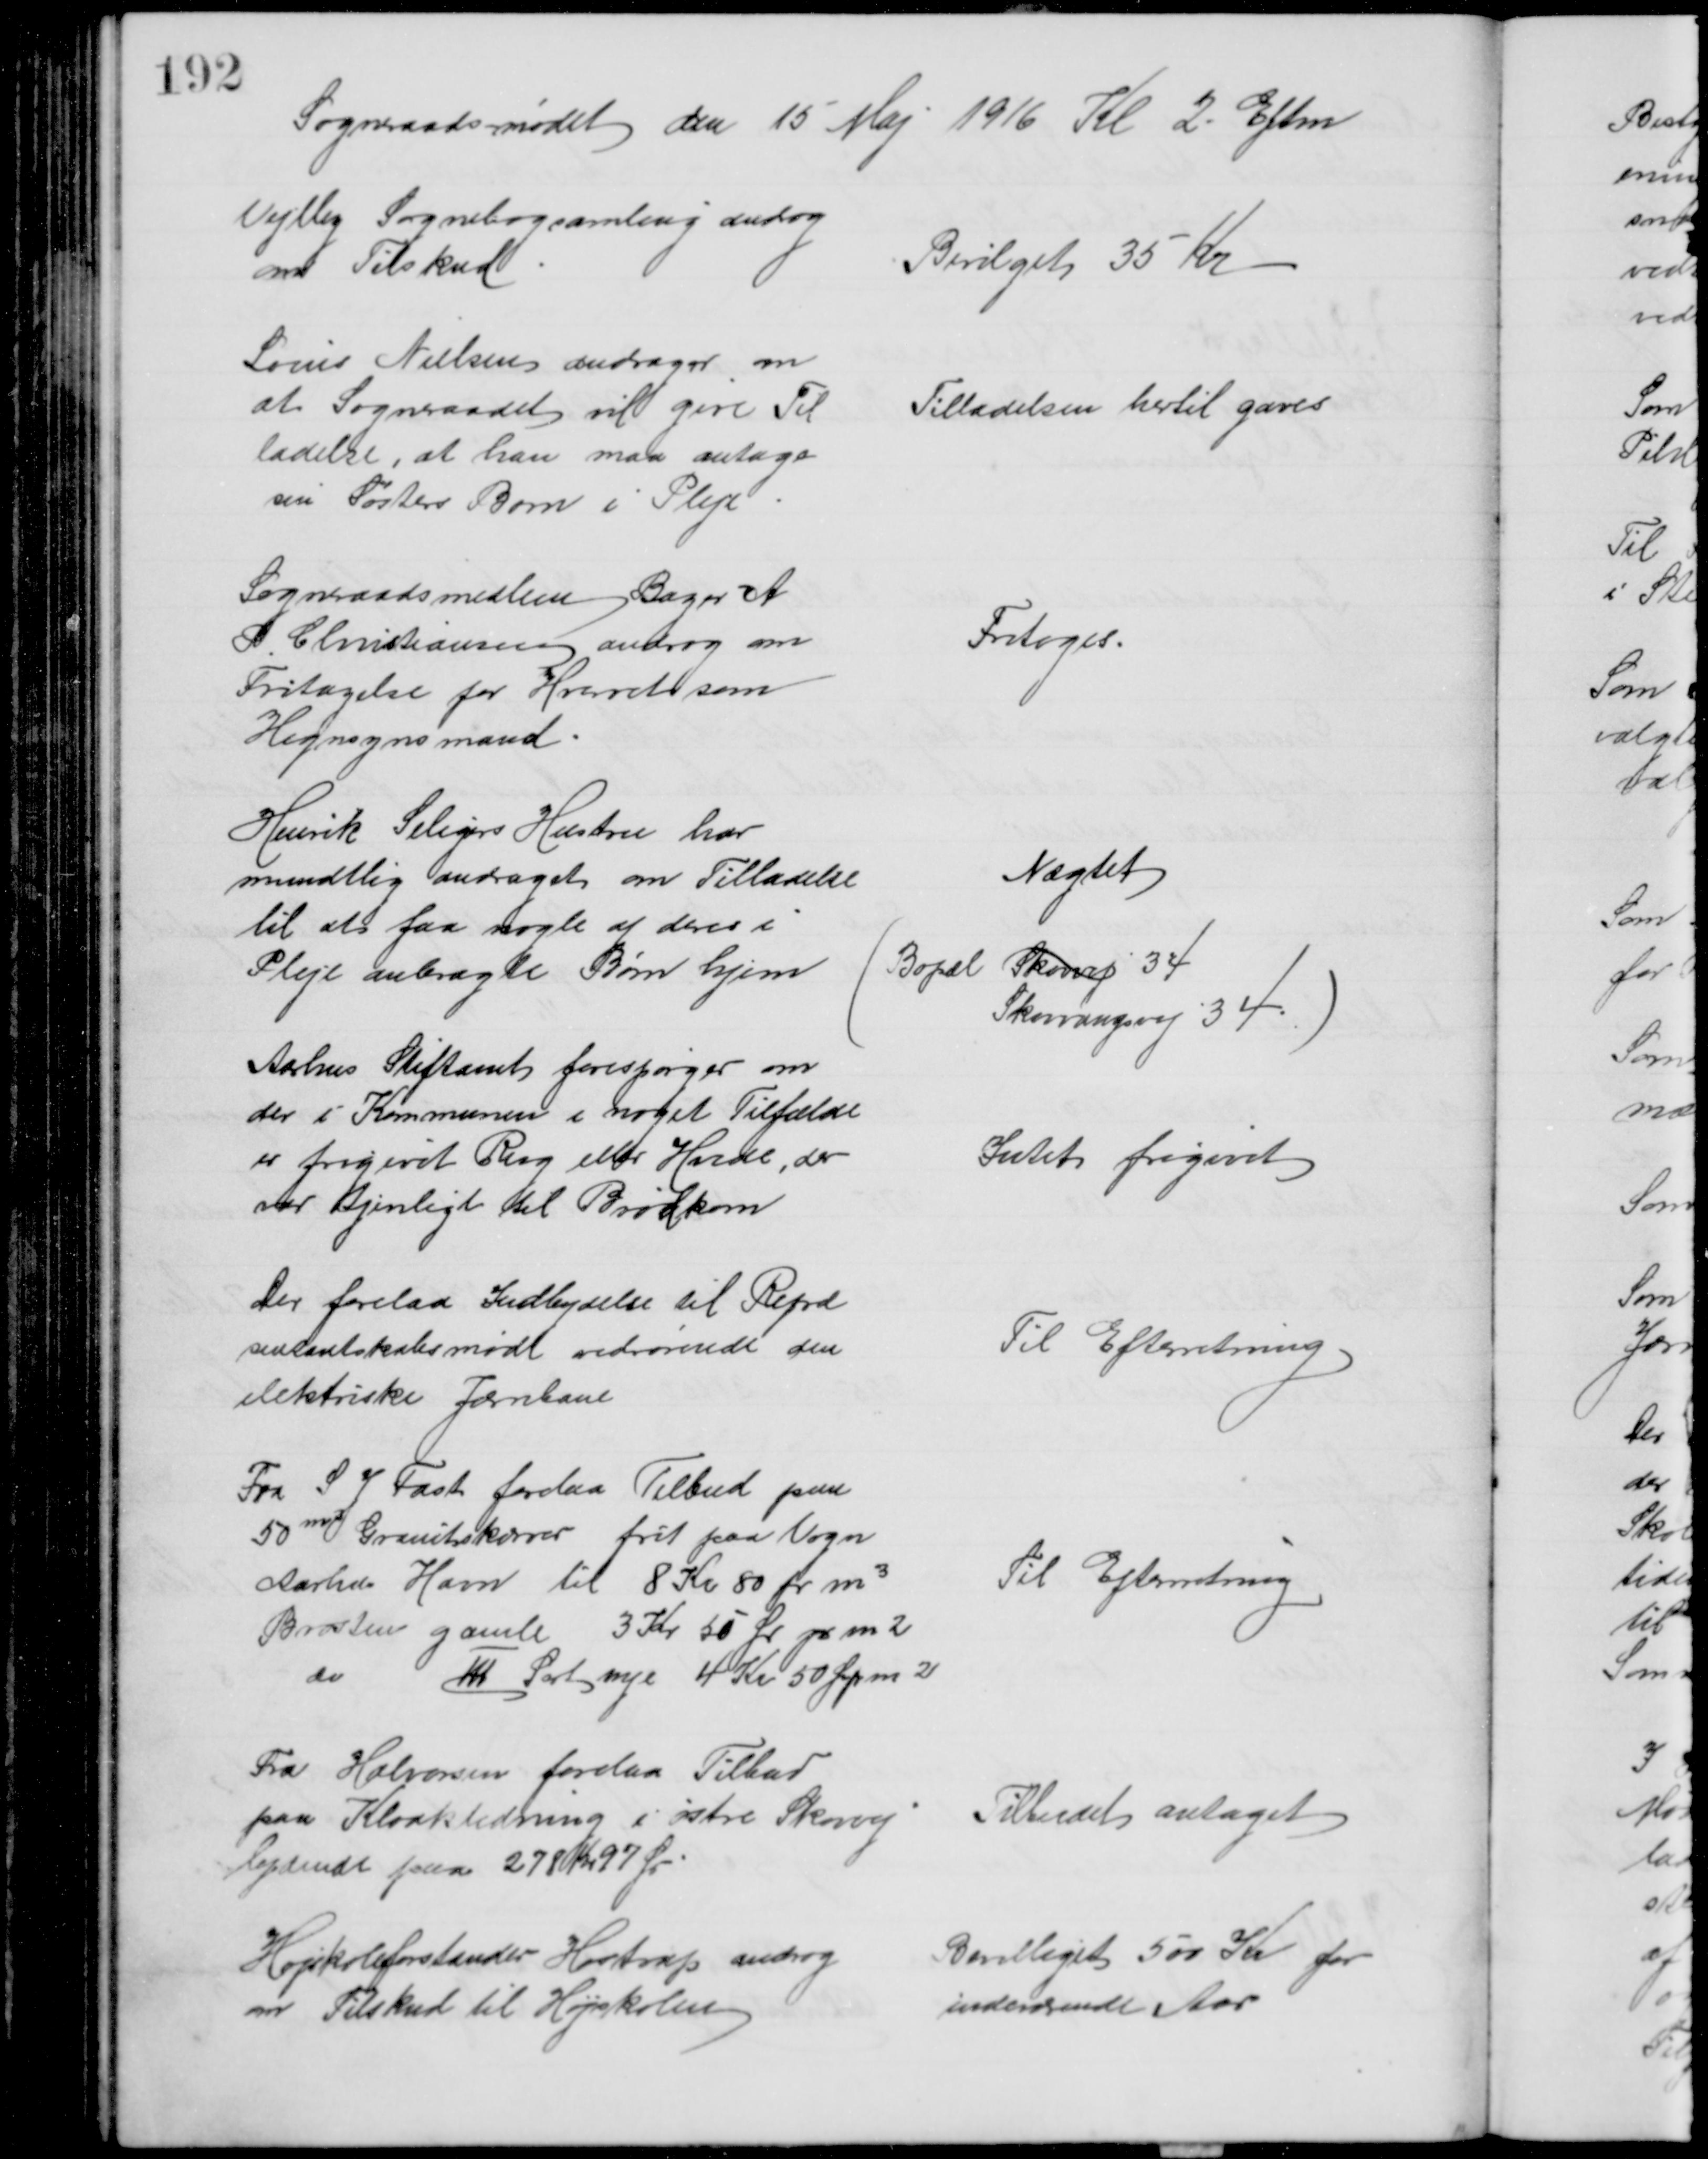
Transskription:
Sogneraadsmødet den 15 Maj 1916 Kl 2 Eftm
Vejlby Sognebogsamling androg 
om Tilskud
Bevilget 35 Kr
Louis Nielsen andrager om
at Sogneraadet vil give Til
ladelse, at han maa antage
sin Søsters Børn i Pleje
Tilladelsen hertil gaves
Sogneraadsmedlem Bager A
P Christiansen androg om
Fritagelse for Hvervet som
Hegnsynsmand
Fritoges
Henrik Seligers Hustru har
mundtlig andraget om Tilladelse
til at faa nogle af deres i
Pleje anbragte Børn hjem
Nægtet
(Bopæl Skovvej 34
Skovvangsvej 34)
Aarhus Stiftamt forespørger om
der i Kommunen i noget Tilfælde
er frigivet Rug eller Hvede, der
var tjenligt til Brødkorn
Intet frigivet
Der forelaa Indbydelse til Repræ
sentantskabsmøde vedrørende den 
elektriske Jernbane
Til Efterretning
Fra S J Fast forelaa Tilbud paa
50m3 Granitskærver frit paa Vogn
Aarhus Havn til 8 Kr 80 pr m3
Brosten gamle 3 Kr 50 Ør pr m 2
do III Sort nye 4 Kr 50 Ør pr m 2
Til Efterretning
Fra Halvorsen forelaa Tilbud
paa Kloakledning i østre Skovvej
lydende paa 278 Kr 97 Ør
Tilbudet antaget
Højskoleforstander Hostrup androg 
om Tilskud til Højskolen
Bevilliget 500 Kr for
indeværende Aar